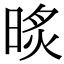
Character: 𣇧